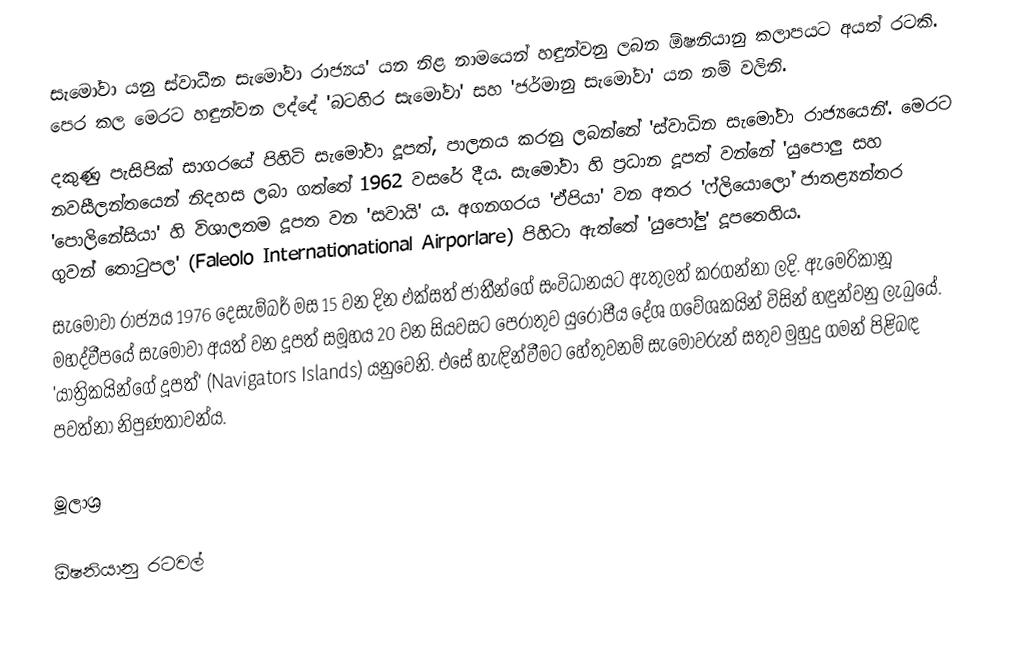
සැමෝවා යනු ස්වාධීන සැමෝවා රාජ්‍යය' යන නිළ නාමයෙන් හඳුන්වනු ලබන ඕෂනියානු කලාපයට අයත් රටකි. පෙර කල මෙරට හඳුන්වන ලද්දේ 'බටහිර සැමෝවා' සහ 'ජර්මානු සැමෝවා' යන නම් වලිනි.
දකුණු පැසිපික් සාගරයේ පිහිටි සැමෝවා  දූපත්, පාලනය කරනු ලබන්නේ 'ස්වාධින සැමෝවා රාජ්‍යයෙනි'. මෙරට නවසීලන්තයෙන් නිදහස ලබා ගත්තේ 1962 වසරේ දීය. සැමෝවා හි ප්‍රධාන දූපත් වන්නේ 'යුපොලු සහ 'පොලිනේසියා' හි විශාලතම දූපත වන 'සවායි' ය. අගනගරය 'ඒපියා' වන අතර 'ෆ්ලියොලෝ ජාතළ්‍යන්තර ගුවන් තොටුපල' (Faleolo Internationational Airporlare) පිහිටා ඇත්තේ 'යුපෝලු' දූපතෙහිය.
සැමෝවා රාජ්‍යය 1976 දෙසැම්බර් මස 15 වන දින එක්සත් ජාතීන්ගේ සංවිධානයට ඇතුලත් කරගන්නා ලදි. ඇමෙරිකානූ මහද්වීපයේ  සැමෝවා අයත් වන දූපත් සමූහය 20 වන සියවසට පෙරාතුව යුරෝපීය දේශ ගවේශකයින් විසින් හඳුන්වනු ලැබුයේ. 'යාත්‍රිකයින්ගේ දූපත්' (Navigators Islands) යනුවෙනි. එසේ හැඳින්වීමට හේතුවනම් සැමෝවරුන් සතුව මුහුදු ගමන් පිළිබඳ පවත්නා නිපුණතාවන්ය.

මූලාශ්‍ර

ඕෂනියානු රටවල්